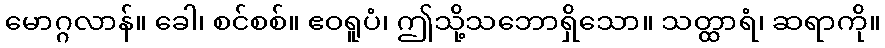
မောဂ္ဂလာန်။ ခေါ၊ စင်စစ်။ ဧဝရူပံ၊ ဤသို့သဘောရှိသော။ သတ္ထာရံ၊ ဆရာကို။